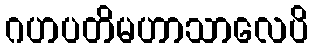
ဂဟပတိမဟာသာလေပိ